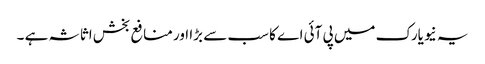
یہ نیویارک میں پی آئی اے کا سب سے بڑا اور منافع بخش اثاثہ ہے ۔